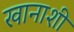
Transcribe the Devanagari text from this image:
खानाशी